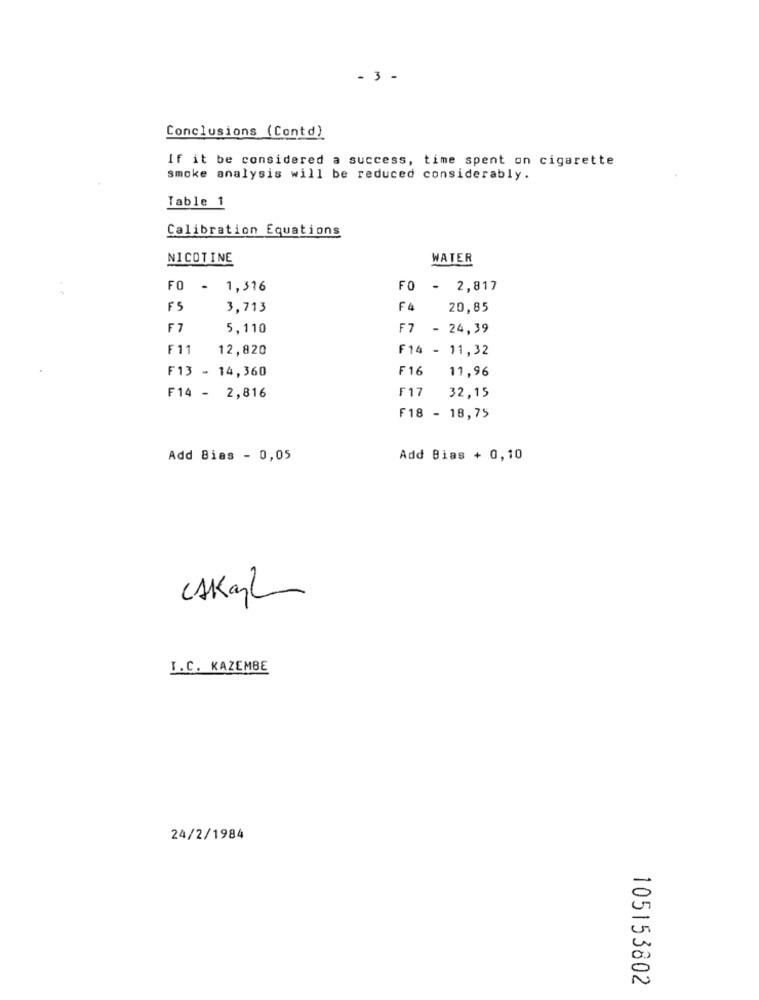
- 3 -
Conclusions (Contd)
If it be considered a success, time spent on cigarette
smoke analysis will be reduced considerably.
Table 1
Calibration Equations
NICOTINE
WATER
FO
- 1,316
FO - 2,817
FS
3,713
F4
20,85
F7
5,110
F7 - 24,39
F11
12,820
F14 - 11,32
F13 - 14,360
F16
11,96
F14 - 2,816
F17 32,15
F18 - 18,75
Add Bias - 0,05
Add Bias + 0,10
CAKal
I.C. KAZEMBE
24/2/1984
105153802